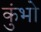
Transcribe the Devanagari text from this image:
कुंभो